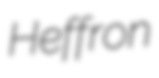
Heffron